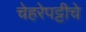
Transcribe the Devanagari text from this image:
चेहरेपट्टीचे